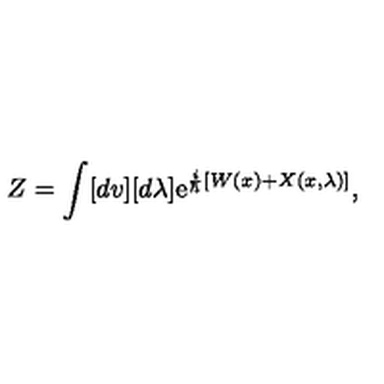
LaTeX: Z = \int [ d v ] [ d \lambda ] \mathrm { e } ^ { \frac { i } { \hbar } \left[ W ( x ) + X ( x , \lambda ) \right] } { } ,